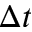
\Delta t